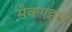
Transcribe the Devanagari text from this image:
सेकण्ड्स